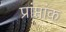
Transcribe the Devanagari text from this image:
प्रांप्तांक